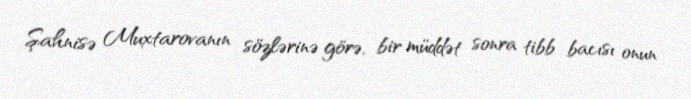
Şahnisə Muxtarovanın sözlərinə görə, bir müddət sonra tibb bacısı onun